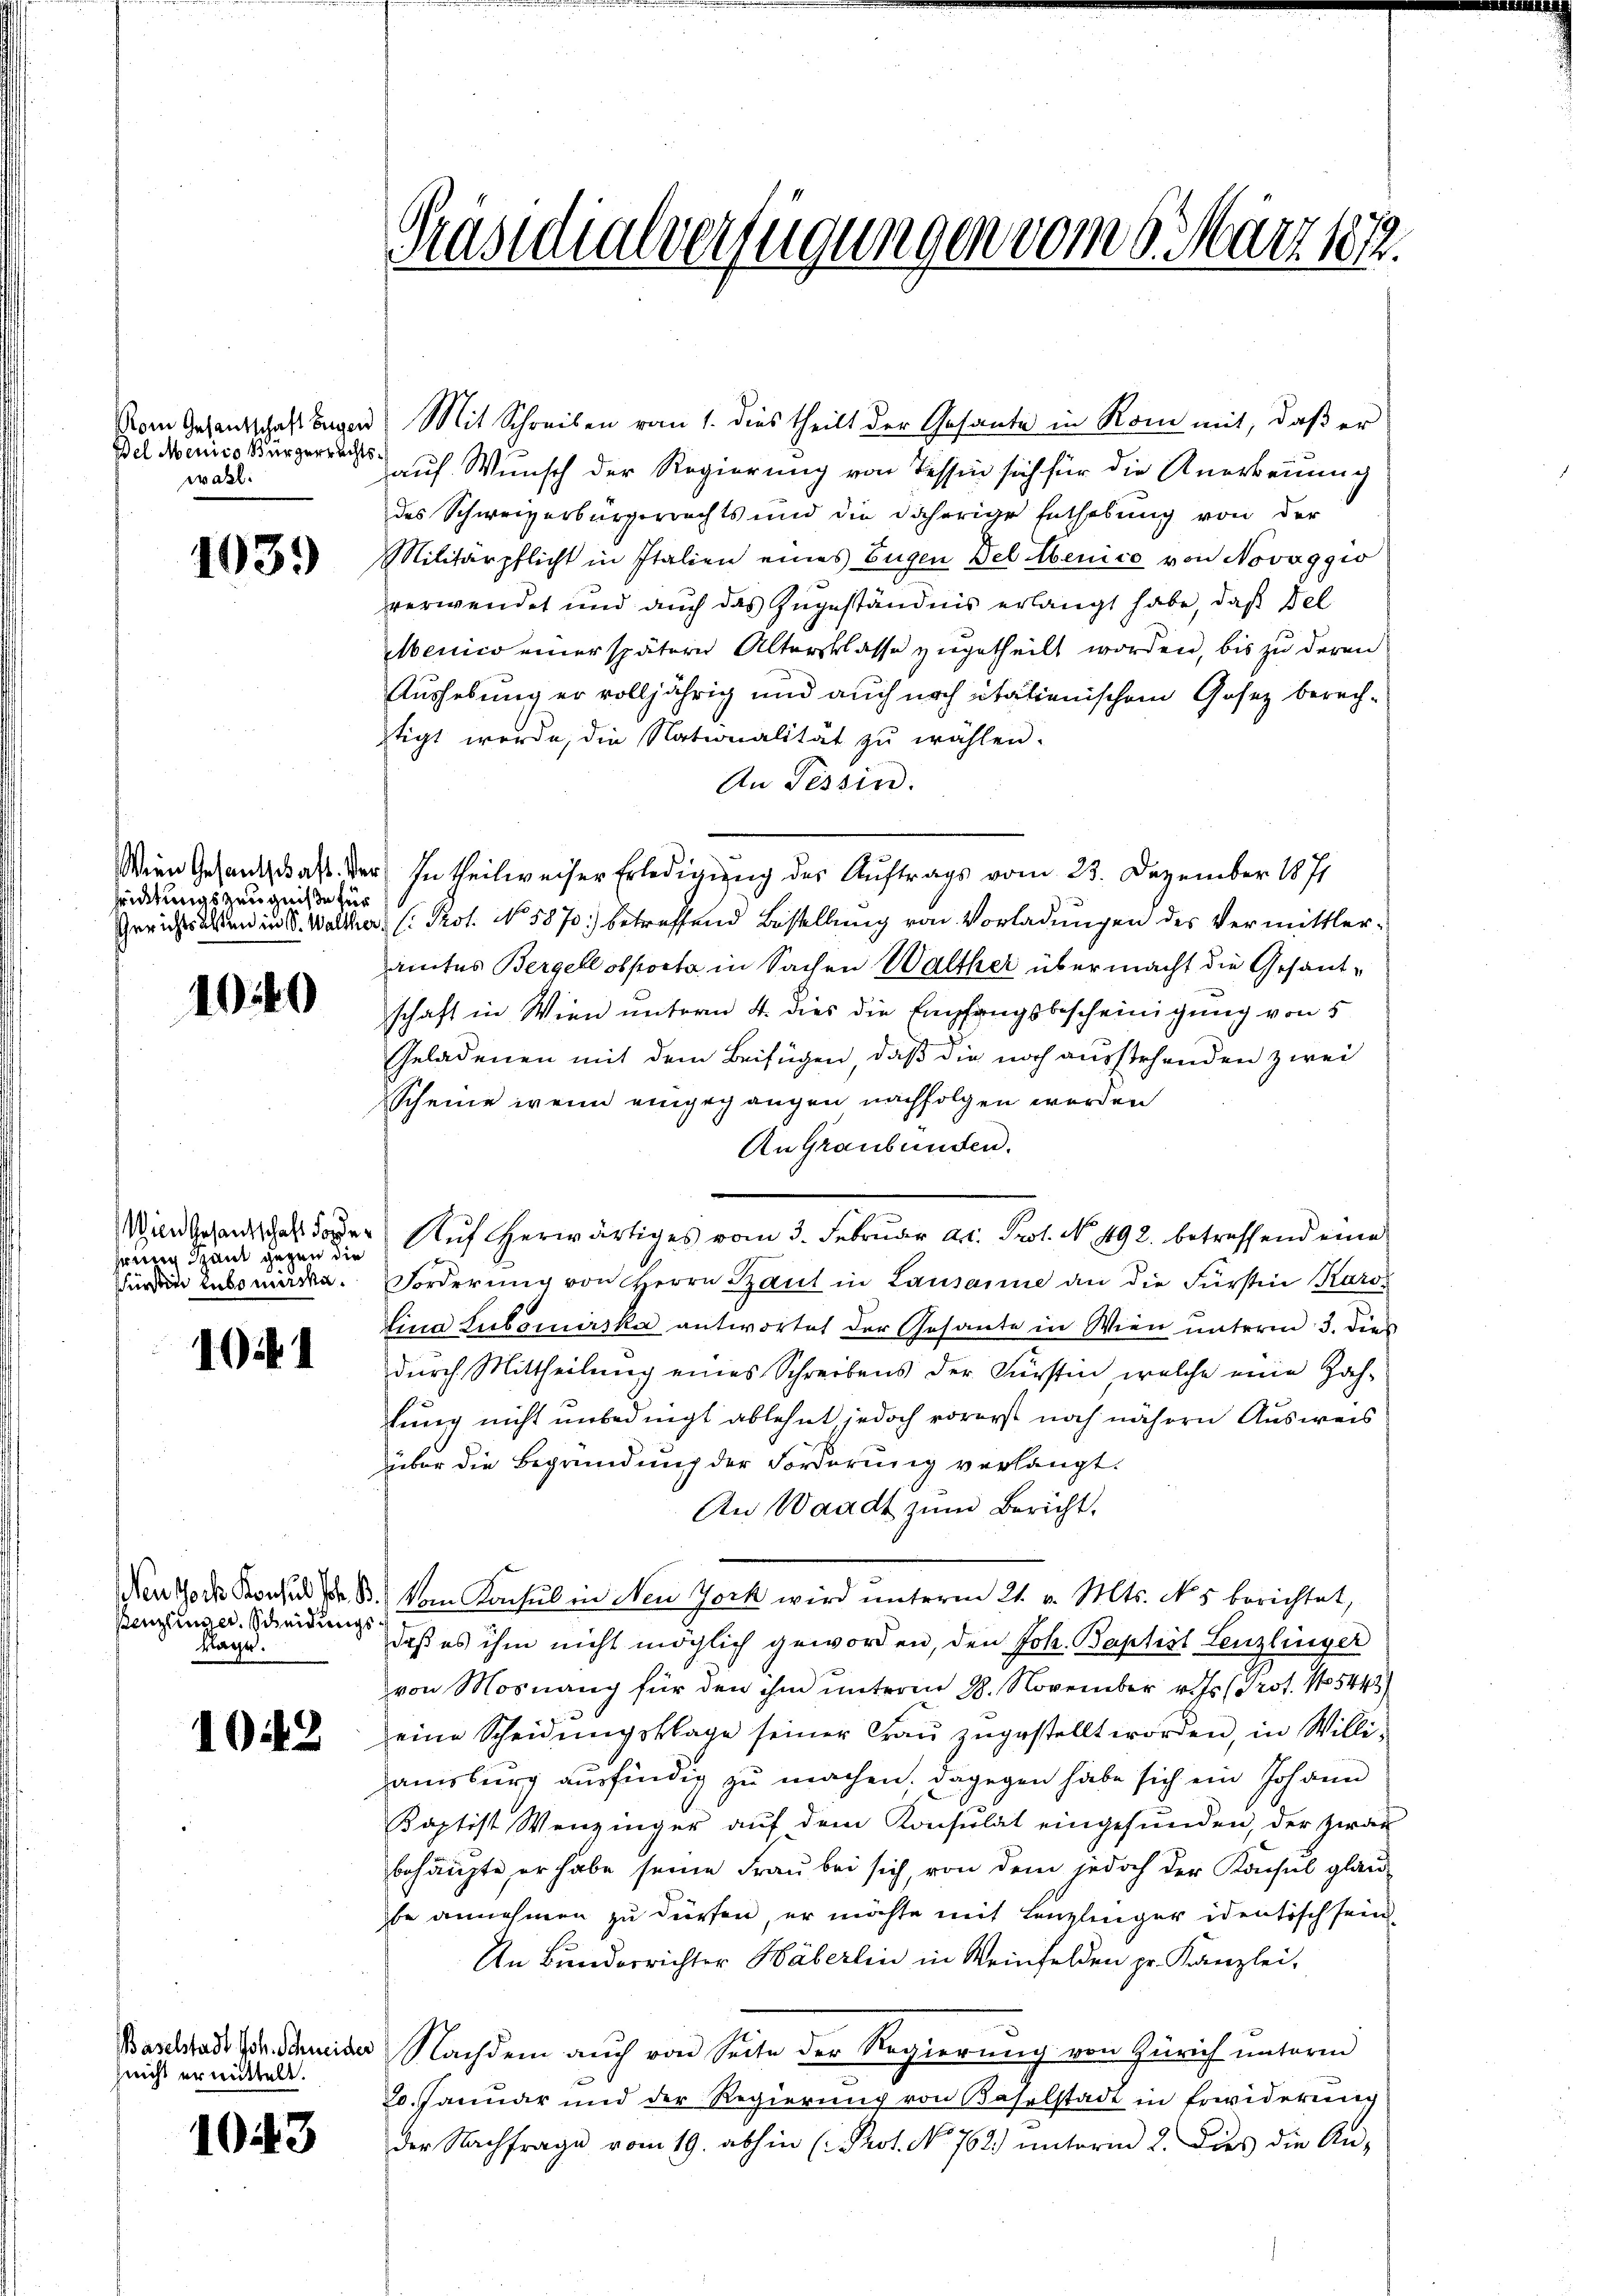
Del Menico Bürgerrechtswahl.

103.)

sedtungszeugniße für

1040

herung Spant gegen die
fürden Hubo müsse.

101

Penzlinger. Scheidungskage.

1043

nicht ermittelt.

1043

Präsidialverfügungen vom 9. März 1872.

Vom Gesandtschaft sagen Mit Schreiben vom 1. dies theilt der Gesante in Rom mit, daß er
auf Wunsch der Regierung von Tessin sich für die Anerkenung
des Schweizerbürgerrechts und die daherige Enthebung von der
Militärpflicht in Italien eines Eugen Del benice von Novaggio
verwendet und auch das Zugeständnis erlangt habe, daß Fel
Menico einer spätern Altersklasse zugetheilt worden, bis zu deren
Aushebung er volljährig und auch noch italienischem Gesez berechstigt werde, die Nationalität zu wählen.
An Tessin.
Wien Gesandtas. Der In theilweiser Erledigung des Auftrags vom 23. Dezember 1871
Gerichtsalten in S. Walther (: Prot. No. 5870) betreffend Bestellung von Vorladungen des Vermittleramtes Bergell obporta in Sachen Walther über macht die Gesandschaft in Wien unterm 4. dies die Empfangsbescheinigung von 5
Geladenen mit dem Beifügen, daß die noch ausstehenden zwei
Scheine wenn eingegangen nachfolgen werden
An Graubünden.
Wind gesandtschal dover Aŭf erwärtiges vom 3. Februar Art. Prot. N. 492. betreffend eine
Forderung von Herrn Paul in Lausanne an die Fürstin Karo
Lina Lubomirska antwortet der Gesante in Wien unteren 3. dies
durch Mittheilung eines Schreibens der Fürstin, welche eine Zah-
tung nicht unbedingt ablehnt jedoch vorerst noch nähern Ausweis
über die Begründung der Forderung verlangt.
An Waadt zum Bericht,
Nentore Konser B. von Konsul in Neu Jock wird ŭnterm 21. v. Mts. N. 5 berichtet,
daß es ihm nicht möglich geworden, den Joh. Baptist Lenzlinger
von Mosnang für den ihm unterm 28. November v. Js. (Prot. No. 5443)
eine Scheidŭngsklage seiner Fraŭ zŭgestellt worden, in Willi-
amsburg ausfindig zu machen. Dagegen habe sich ein Johann
Kaptist Wenzinger auf dem Konsulat eingesunden, der zwar
behaupte, er habe seine Frau bei sich, von dem jedoch der Konsul glau
se annehmen zu dürfen, er möchte mit Lenzlinger identisch sein
An Bunderrichter Häberlin in Weinfelden pr. Kanzlei-
Baschtadt Joh. Schmider Nachdem auch von Seite der Regierung von Zürich unterm
20. Januar und der Regierung von Baselstadt in Erwiderung
der Nachfrage vom 19. abhin (Prot. No 762.) unterm 2. Dies die An-